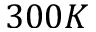
3 0 0 K